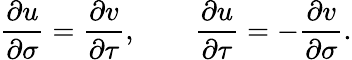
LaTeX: \frac{\partial u}{\partial\sigma}=\frac{\partial v}{\partial\tau},\qquad\frac{\partial u}{\partial\tau}=-\frac{\partial v}{\partial\sigma}.